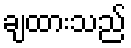
ချထားသည်